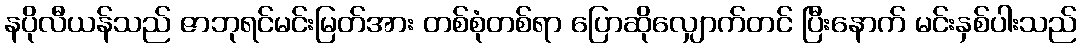
နပိုလီယန်သည် ဇာဘုရင်မင်းမြတ်အား တစ်စုံတစ်ရာ ပြောဆိုလျှောက်တင် ပြီးနောက် မင်းနှစ်ပါးသည်